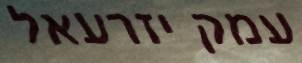
עמק יזרעאל